Report on the working of the Ranchi Indian Mental Hospital, Kanke, in Bihar and Orissa - 1930-1940
Year: 1930
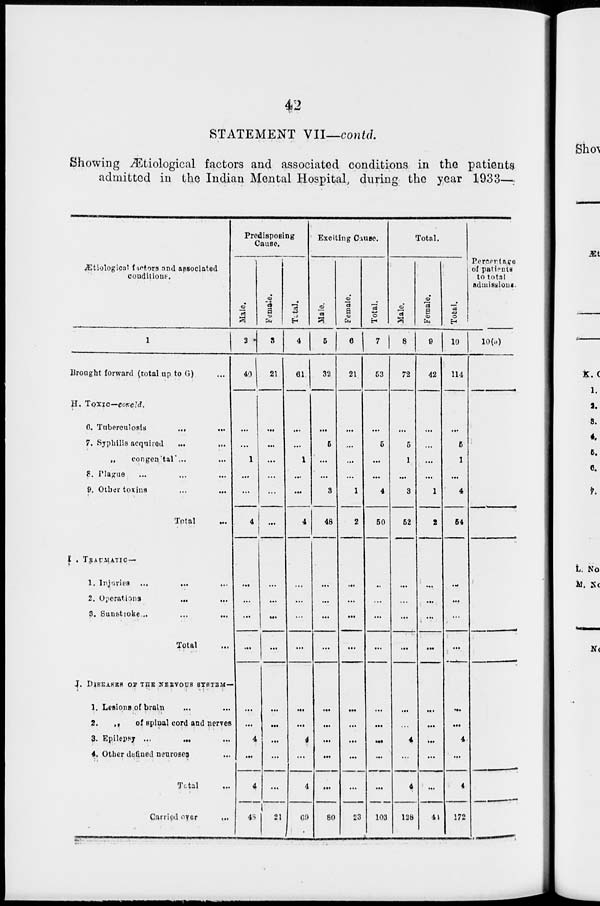
42
STATEMENT VII—contd.
Showing Ætiological factors and associated conditions in the patients
admitted in the Indian Mental Hospital, during the year 1933—..
Ætiological factors and associated
conditions.
1
Brought forward (total up to G) ...
H.
I.
J.
Toxic—concld.
6. Tuberculosis
...
...
7. Syphilis acquired
...
...
„
congenital ... ...
8. Plague ... ... ...
9. Other toxins ... ...
Total ...
TRAUMATIC—
1. Injuries ... ... ...
2. Operations ... ...
3. Sunstroke ... ... ...
Total ...
DISEASES OF THE NERVOUS SYSTEM—
1. Lesions of brain ... ...
2.
„
of spinal cord and nerves
3. Epilepsy ... ... ...
4. Other defined neuroses ...
Total ...
Carried over ...
Predisposing
Cause.
Male.
2
40
...
...
1
...
...
4
...
...
...
...
...
...
4
...
4
48
Female.
3
21
...
...
...
...
...
...
...
...
...
...
...
...
...
...
...
21
Total.
4
61
...
...
1
...
...
4
...
...
...
...
...
...
4
...
4
69
Exciting Cause.
Male.
5
32
...
5
...
...
3
48
...
...
...
...
...
...
...
...
...
80
Female.
6
21
...
...
...
...
1
2
...
...
...
...
...
...
...
...
...
23
Total.
7
53
...
5
...
...
4
50
...
...
...
...
...
...
...
...
...
103
Total.
Male.
8
72
...
5
1
...
3
52
...
...
...
...
...
...
4
...
4
128
Female.
9
42
...
...
...
...
1
2
...
...
...
...
...
...
...
...
...
44
Total.
10
114
...
5
1
...
4
54
...
...
...
...
...
...
4
...
4
172
Percentage
of patients
to total
admissions.
10(a)